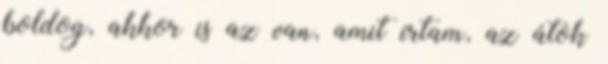
boldog, akkor is az van, amit írtam, az átok